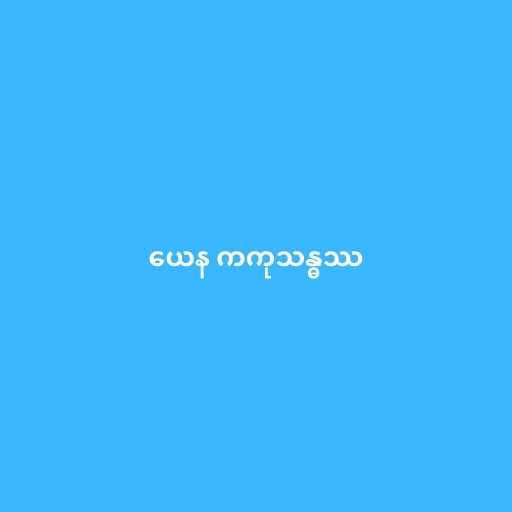
ယေန ကကုသန္ဓဿ